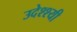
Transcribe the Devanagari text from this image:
उदेश्श्यी